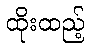
ထိုးထည့်